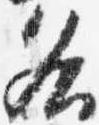
各